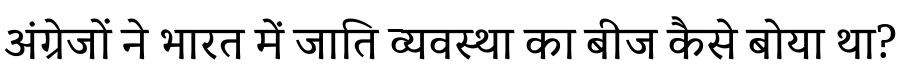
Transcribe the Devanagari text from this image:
अंग्रेजों ने भारत में जाति व्यवस्था का बीज कैसे बोया था?